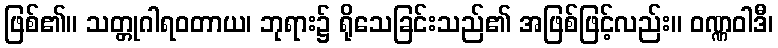
ဖြစ်၏။ သတ္တုဂါရဝတာယ၊ ဘုရား၌ ရိုသေခြင်းသည်၏ အဖြစ်ဖြင့်လည်း။ ဝဏ္ဏဝါဒီ၊